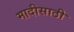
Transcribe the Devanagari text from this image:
मादीसाठी